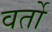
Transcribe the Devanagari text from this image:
वर्तो